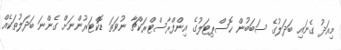
މިއަދު ގެނައި ބަދަލުގެ ސަބަބުން ހޮސްޕިޓަލުގެ އިންފްރާސްޓްރަކްޗާ ނުވަތަ ޑޮކްޓަރުންނަށް ގެންނަ ބަދަލުތަކެއް